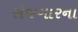
રોજગારના